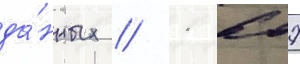
да́нных // 1 607